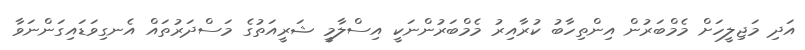
އަދި މަޖިލީހަށް މެމްބަރުން އިންތިހާބު ކުރާއިރު މެމްބަރުންނަކީ އިސްލާމީ ޝަރީއަތުގެ މަސްދަރުތައް އެނގިވަޑައިގަންނަވާ